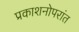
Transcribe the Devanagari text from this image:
प्रकाशनोपरांत